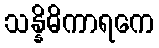
သန္နိဓိကာရကေ